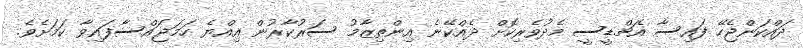
ދައްކަންޖެހޭ ފައިސާ އެޗްޑީސީ މެދުވެރިކޮށް ދެއްކޭނެ އިންތިޒާމު ސަރުކާރުން އިއްޔެ ހަމަޖައްސާފައިވާ ކަމަށެވެ.